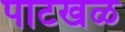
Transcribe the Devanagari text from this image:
पाटखळ